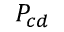
P _ { c d }